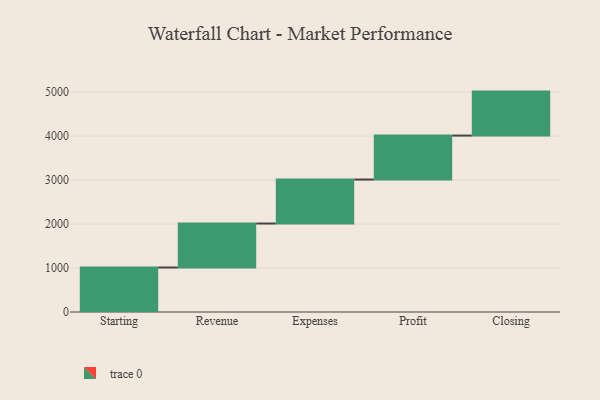
{"axis": {"x": "Step", "y": "Value"}, "legend": [""], "data": [{"x": "Starting", "y": 1012.0, "type": ""}, {"x": "Revenue", "y": 1000, "type": ""}, {"x": "Expenses", "y": 1000, "type": ""}, {"x": "Profit", "y": 1000, "type": ""}, {"x": "Closing", "y": 1000, "type": ""}]}